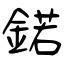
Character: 鍩